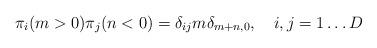
LaTeX: \begin{align*}\pi_i(m>0)\pi_j(n<0) = \delta_{ij}m\delta_{m+n,0},\quad i,j = 1\dots D\end{align*}